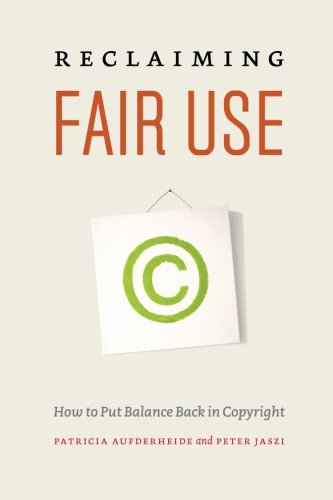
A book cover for Reclaiming Fair Use: How to Put Balance Back in Copyright; Patricia Aufderheide; Law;